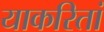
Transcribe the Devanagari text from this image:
याकरितां